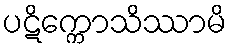
ပဋိက္ကောသိဿာမိ